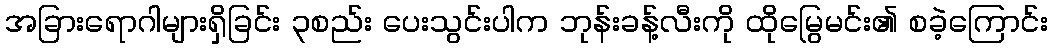
အခြားရောဂါများရှိခြင်း ၃စည်း ပေးသွင်းပါက ဘုန်းခန့်လီးကို ထိုမြွေမင်း၏ စခဲ့ကြောင်း